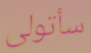
سأتولى